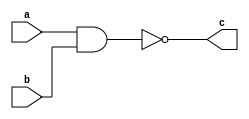
// Code your design here
module nandgate(input a,b, output c);
nand(c,a,b);
endmodule